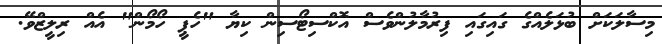
މިސާލަކަށް ބުޅަލެއްގެ ގައިގައި ފިރުމާލުންވެސް އޮކްސިޓޯސިން ކިޔާ "ހެޕީ ހޯމޯން" އެއް ރިލީޒްވޭ.